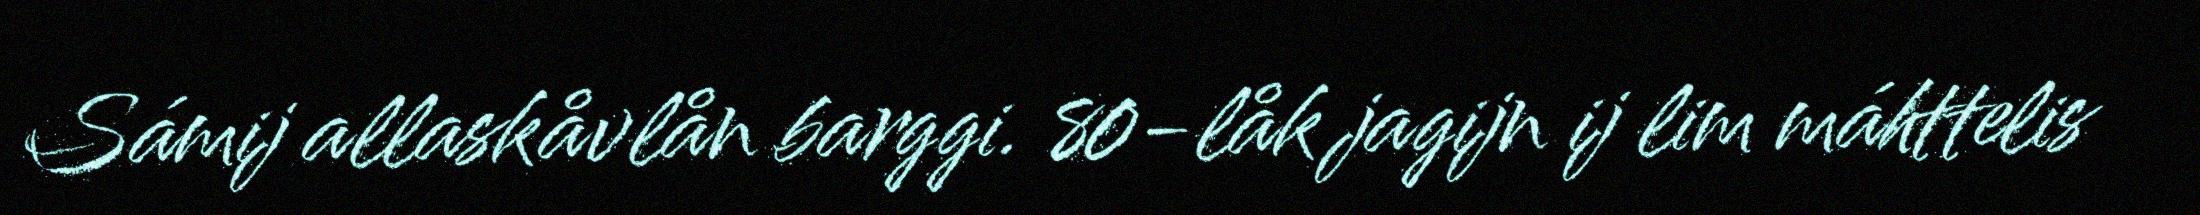
Sámij allaskåvlån barggi. 80-låk jagijn ij lim máhttelis